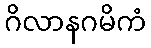
ဂိလာနဂမိကံ